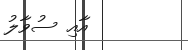
އާއި ސުވާލު